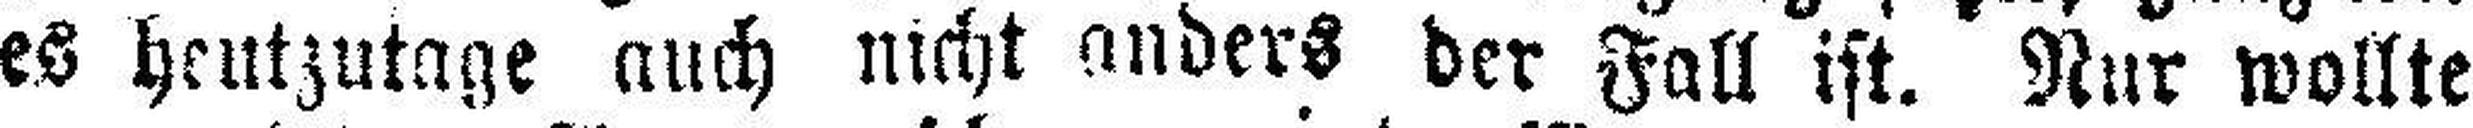
es heutzutage auch nicht anders der Fall ist. Nur wollte